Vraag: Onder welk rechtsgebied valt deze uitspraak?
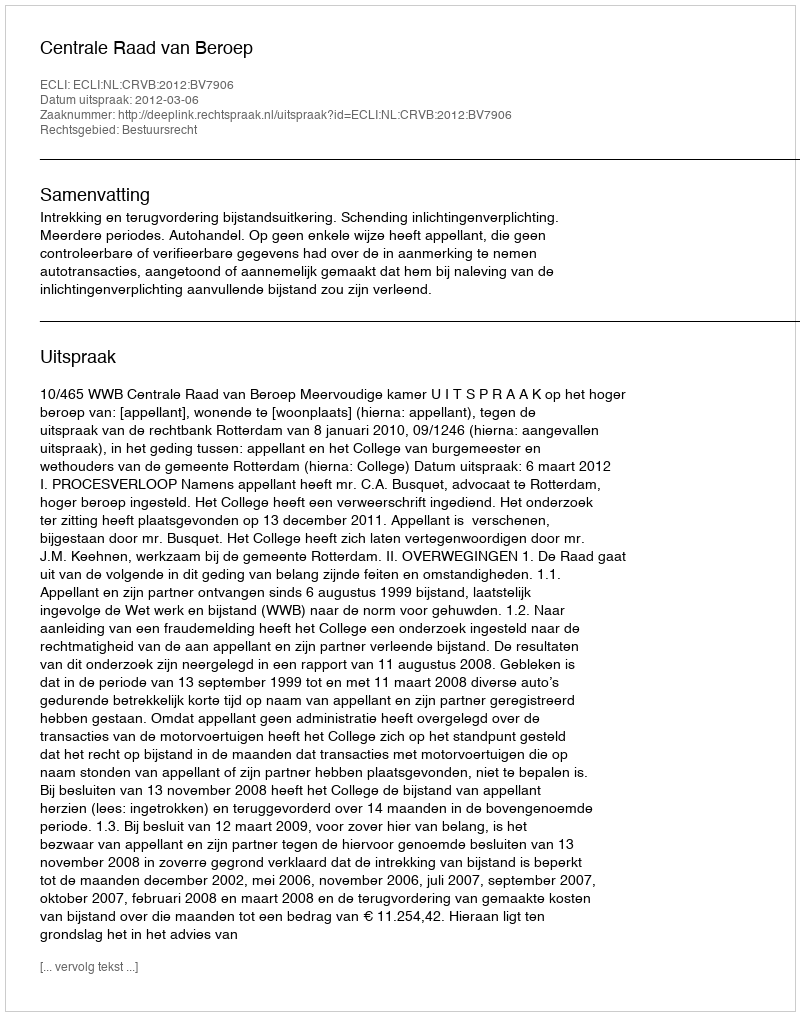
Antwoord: Bestuursrecht